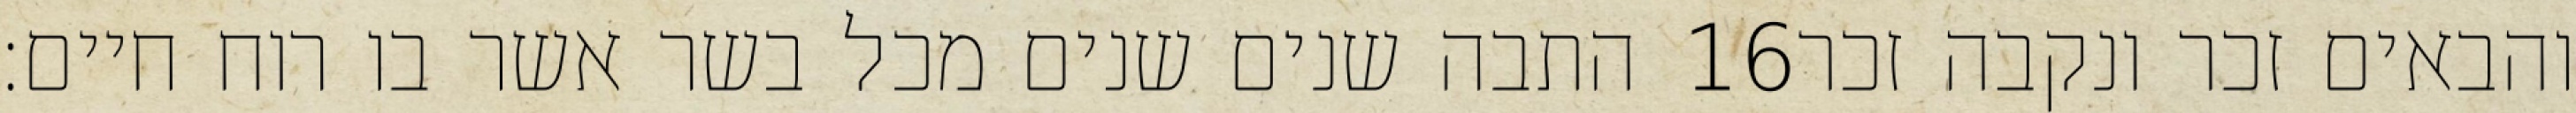
התבה שנים שנים מכל בשר אשר בו רוח חיים׃ ‎16‏ והבאים זכר ונקבה זכר